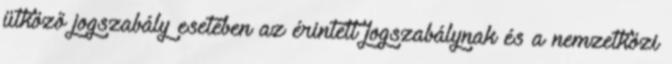
ütköző jogszabály esetében az érintett jogszabálynak és a nemzetközi